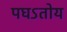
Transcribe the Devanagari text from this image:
पघऽतोय